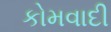
કોમવાદી